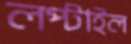
লপ্‌টাইল